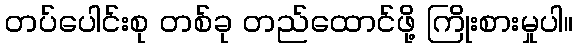
တပ်ပေါင်းစု တစ်ခု တည်ထောင်ဖို့ ကြိုးစားမှုပါ။